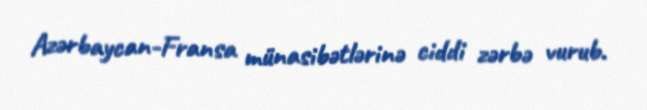
Azərbaycan-Fransa münasibətlərinə ciddi zərbə vurub.